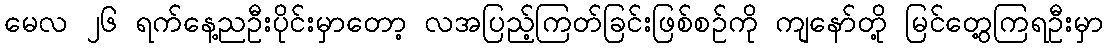
မေလ ၂၆ ရက်နေ့ညဦးပိုင်းမှာတော့ လအပြည့်ကြတ်ခြင်းဖြစ်စဉ်ကို ကျနော်တို့ မြင်တွေ့ကြရဦးမှာ